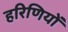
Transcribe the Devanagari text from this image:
हरिणियों